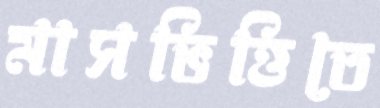
মাসভিত্তিতে